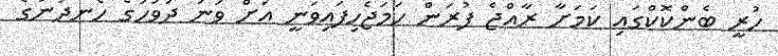
ހުރީ ބެންކޮކްގައި ކަމަށާ ރާއްޖެ ފުރަން ހަމަޖެހިފައިވަނީ އަށް ވަނަ ދުވަހުގެ ހެނދުނުގެ